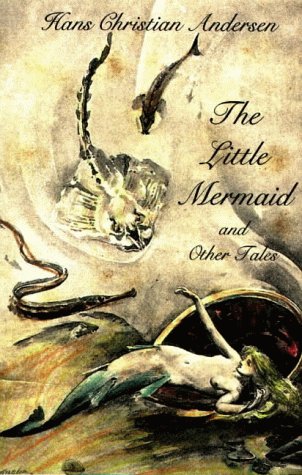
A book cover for The Little Mermaid and Other Tales; Hans Christian Andersen; Children's Books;